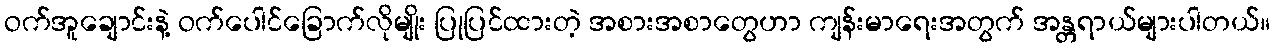
ဝက်အူချောင်းနဲ့ ဝက်ပေါင်ခြောက်လိုမျိုး ပြုပြင်ထားတဲ့ အစားအစာတွေဟာ ကျန်းမာရေးအတွက် အန္တရာယ်များပါတယ်။